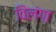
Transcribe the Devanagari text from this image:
विलंगा